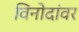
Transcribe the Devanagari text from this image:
विनोदांवर